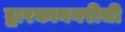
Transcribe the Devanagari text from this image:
द्वारकानगरीची